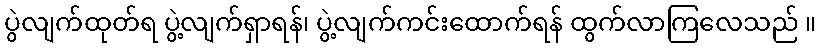
ပွဲလျက်ထုတ်ရ ပွဲ့လျက်ရှာရန်၊ ပွဲ့လျက်ကင်းထောက်ရန် ထွက်လာကြလေသည် ။